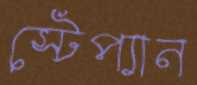
স্টেপ্যান